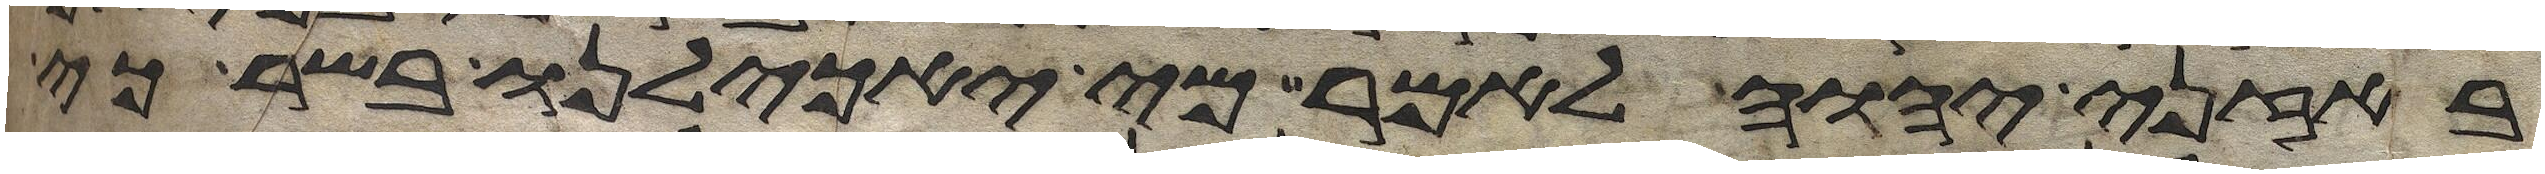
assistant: באזני יהוה לאמר מי יאכילנו בשר כי